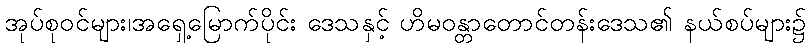
အုပ်စုဝင်များ၊အရှေ့မြောက်ပိုင်း ဒေသနှင့် ဟိမဝန္တာတောင်တန်းဒေသ၏ နယ်စပ်များ၌